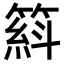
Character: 𥱦